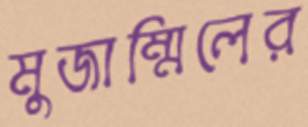
মুজাম্মিলের